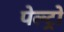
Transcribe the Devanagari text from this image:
पेल्ट्रो